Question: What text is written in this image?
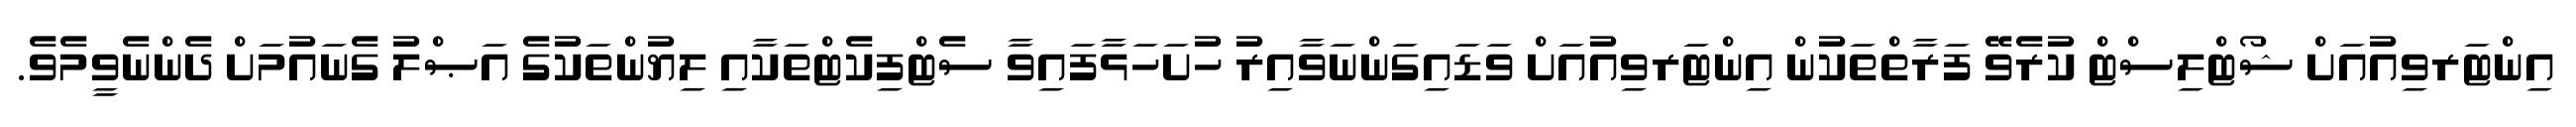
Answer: އިންޓަރވިއުއަށް ޝޯޓްލިސްޓް ކުރެވޭ ފަރާތްތަކުން އިންޓަރވިއުއަށް ވަޑައިގަންނަވާއިރު ހުށަހަޅާފައިވާ ސެޓްފިކެޓްތަކާއި ލިޔުންތަކުގެ އަޞްލު ގެނައުމަށް ދެންނެވީމެވެ.